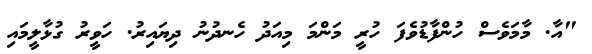
"އާ. މާމަވެސް ހުންފާޑުވެފަ ހުރީ މަންމަ މިއަދު ހެނދުނު ދިޔައިރު. ހަވީރު ގުޅާލީމައި